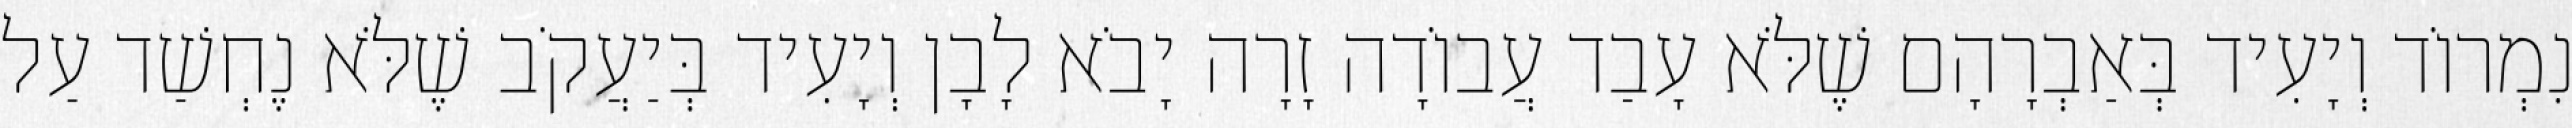
נִמְרוֹד וְיָעִיד בְּאַבְרָהָם שֶׁלֹּא עָבַד עֲבוֹדָה זָרָה יָבֹא לָבָן וְיָעִיד בְּיַעֲקֹב שֶׁלֹּא נֶחְשַׁד עַל